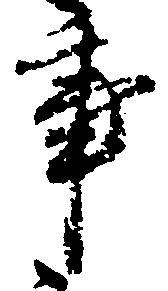
事